Aleksander_Warma, lk 19
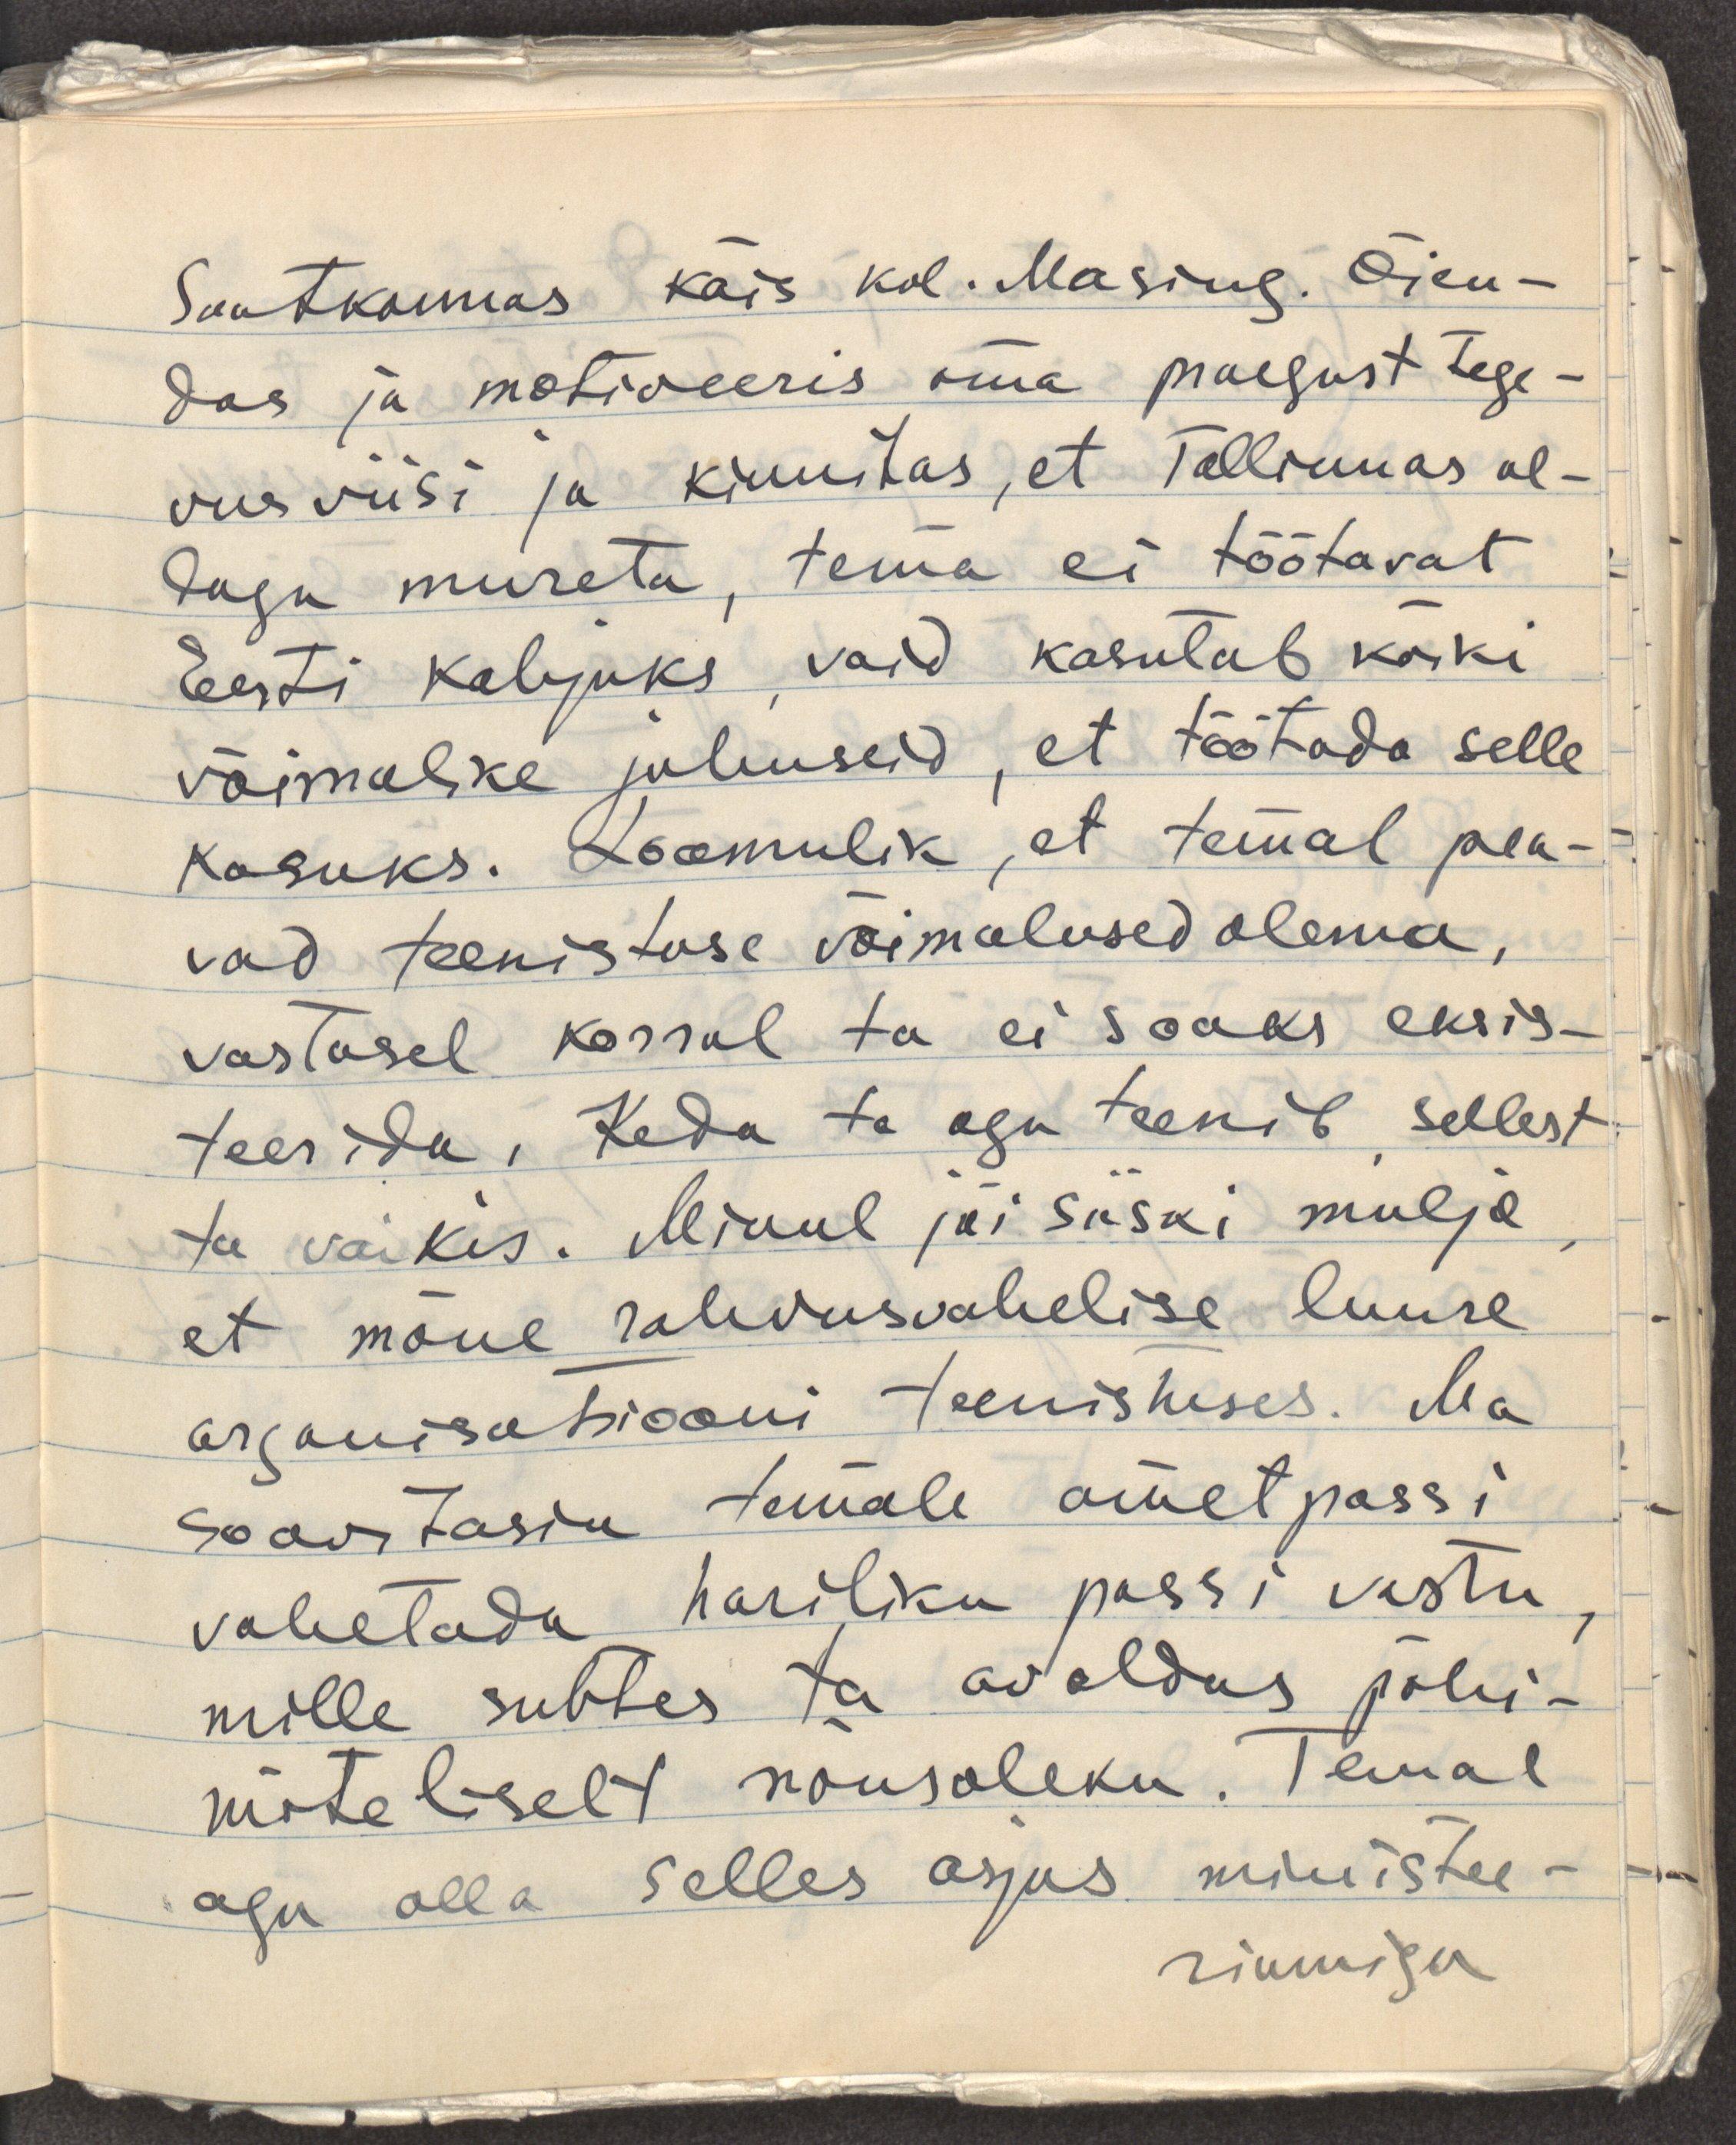
Saatkonnas käis kol. Masing. Õien-
das ja motiveeris oma praegust tege-
vusviisi ja kinnitas, et Tallinnas ol-
dagu mureta, tema ei töötavat
Eesti kahjuks, vaid kasutab kõiki
võimalike juhuseid, et töötada selle
kasuks. Loomulik, et temal pea-
vad teenistuse võimalused olema,
vastasel korral ta ei saaks eksis-
teerida. Keda ta aga teenib, sellest
ta vaikis. Minul jäi siiski mulje,
et mõne rahvusvahelise luure
organisatsiooni teenistuses. Ma
soovitasin temale ametpassi
vahetada hariliku passi vastu,
mille suhtes ta avaldas põhi-
mõteliselt nõusoleku. Temal
aga olla selles asjus ministee-
riumiga